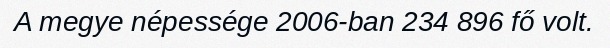
A megye népessége 2006-ban 234 896 fő volt.